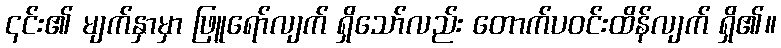
၎င်း၏ မျက်နှာမှာ ဖြူရော်လျက် ရှိသော်လည်း တောက်ပဝင်းထိန်လျက် ရှိ၏။